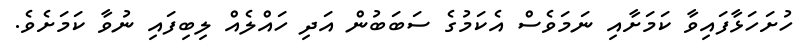
ހުށަހަޅާފައިވާ ކަމަށާއި ނަމަވެސް އެކަމުގެ ސަބަބުން އަދި ހައްލެއް ލިބިފައި ނުވާ ކަމަށެވެ.